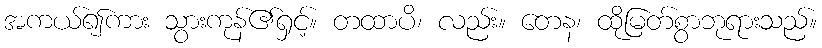
အကယ်၍ကား သွားကုန်၏ရှင့်။ တထာပိ၊ လည်း။ တေန၊ ထိုမြတ်စွာဘုရားသည်။